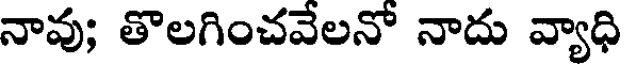
నావు; తొలగించవేలనో నాదు వ్యాధి